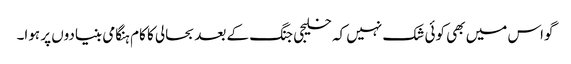
گواس میں بھی کوئی شک نہیں کہ خلیجی جنگ کے بعد بحالی کا کام ہنگامی بنیادوں پر ہوا۔